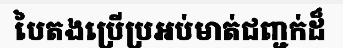
បៃតងប្រើប្រអប់មាត់ជញ្ជក់ដ៏